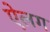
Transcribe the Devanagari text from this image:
ऐलग